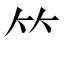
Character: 𥫗